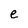
Character: e